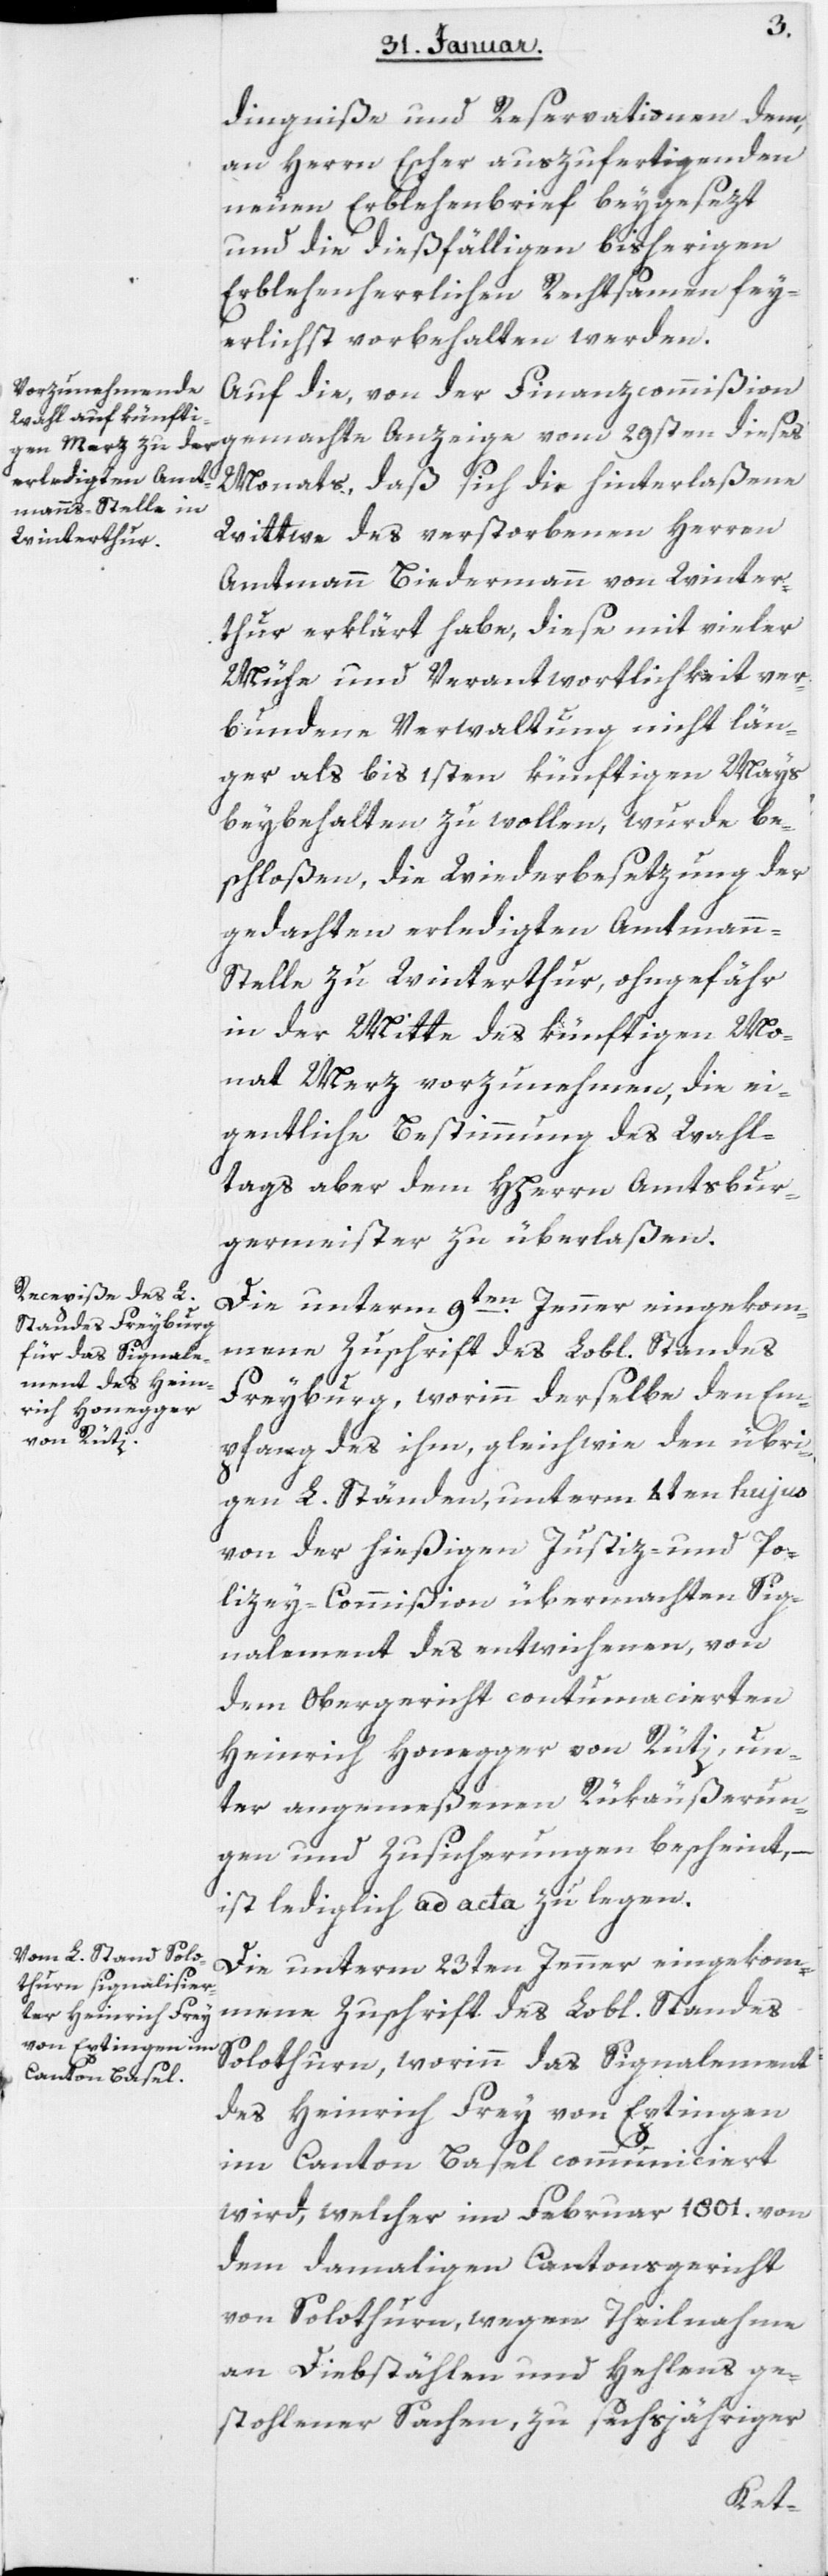
dingniße und Reservationen dem,
an Herrn Escher auszufertigenden
neuen Erblehenbrief beygesezt
und die dießfälligen bisherigen
Erblehenherrlichen Rechtsamen fey¬
erlichst vorbehalten werden.
Auf die, von der Finanzcommißion
gemachte Anzeige vom 29sten dieses
Monats, daß sich die hinterlaßene
Wittwe des verstorbenen Herren
Amtmann Biedermann von Winter¬
thur erklärt habe, diese mit vieler
Mühe und Verantwortlichkeit ver¬
bundene Verwaltung nicht län¬
ger als bis 1sten künftigen Mays
beybehalten zu wollen, wurde be¬
schloßen, die Wiederbesetzung der
gedachten erledigten Amtman¬
n-Stelle zu Winterthur, ohngefähr
in der Mitte des künftigen Mo¬
nat Merz vorzunehmen, die ei¬
gentliche Bestimmung des Wahl¬
tags aber dem Hherrn Amtsbur¬
germeister zu überlaßen.
Die unterm 9ten. Jenner eingekom¬
mene Zuschrfit des Lobl. Standes
Freyburg, worinn derselbe den Em¬
pfang des ihm, gleichwie den übri¬
gen L. Ständen, unterm 4ten hujus
von der hießigen Justiz- und Po¬
lizey-Commißion übermachten Sig¬
nalement des entwichenen, von
dem Obergericht contumacierten
Heinrich Honegger von Rüti, un¬
ter angemeßenen Rükäußerun¬
gen und Zusicherungen bescheint, –
ist lediglich ad acta zu legen.
Die unterm 23ten Jenner eingekom¬
mene Zuschrift des Lobl. Standes
Solothurn, worinn das Signalement
des Heinrich Frey von Eptingen
im Canton Basel communiciert
wird, welcher im Februar 1801. von
dem damaligen Cantonsgericht
von Solothurn, wegen Theilnahme
an Diebstählen und Hehlens ge¬
stohlener Sachen, zu sechsjähriger